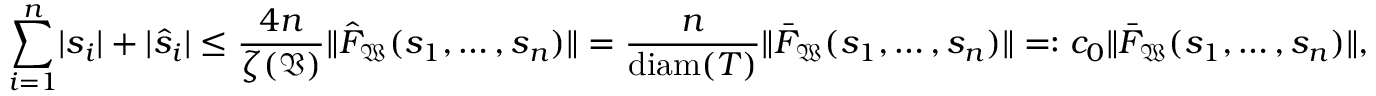
\sum _ { i = 1 } ^ { n } \lvert s _ { i } \rvert + \lvert \hat { s } _ { i } \rvert \leq \frac { 4 n } { \zeta ( \mathfrak { V } ) } \lVert \hat { F } _ { \mathfrak { W } } ( s _ { 1 } , \ldots , s _ { n } ) \rVert = \frac { n } { \mathrm { d i a m } ( T ) } \lVert \bar { F } _ { \mathfrak { W } } ( s _ { 1 } , \ldots , s _ { n } ) \rVert = : c _ { 0 } \lVert \bar { F } _ { \mathfrak { W } } ( s _ { 1 } , \ldots , s _ { n } ) \rVert ,